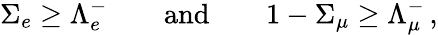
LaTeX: \Sigma_{e}\geq\Lambda_{e}^{-}\qquad\mathrm{and}\qquad 1-\Sigma_{\mu}\geq\Lambda_{\mu}^{-}\, ,